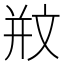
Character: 𣁊